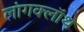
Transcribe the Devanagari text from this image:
लांगक्लॉथ